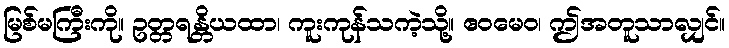
မြစ်မကြီးကို။ ဥတ္တရန္တိယထာ၊ ကူးကုန်သကဲ့သို့။ ဧဝမေဝ၊ ဤအတူသာလျှင်။